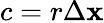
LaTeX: c=r\Delta\mathbf{x}